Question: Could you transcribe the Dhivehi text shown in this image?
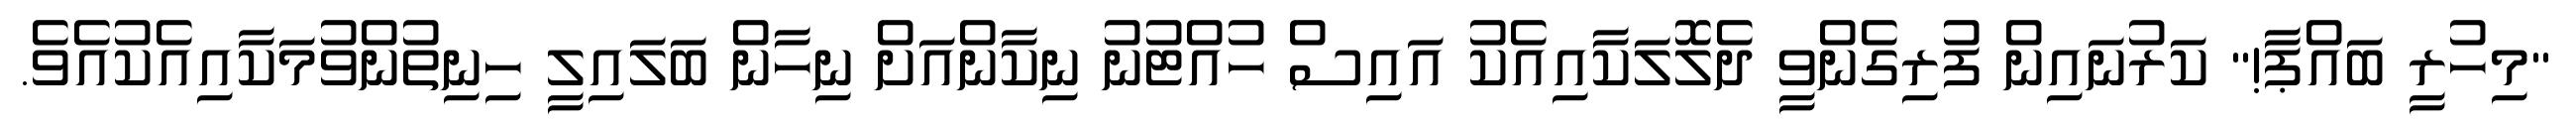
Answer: "މިހުރީ ބައްޕާ!" ކަރުނައިން ފުރިގެންވީ ދެލޮލަކާއިއެކު އައިސް ހުއްޓުނު ނިކާންއަށް ނިހާން ބަލައިލީ ހިނިތުންވުމަކާއިއެކުއެވެ.